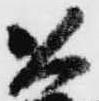
公